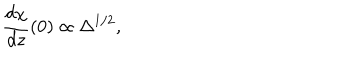
\frac { d \chi } { d z } ( 0 ) \propto \Delta ^ { 1 / 2 } ,